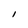
Character: l